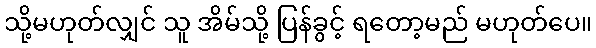
သို့မဟုတ်လျှင် သူ အိမ်သို့ ပြန်ခွင့် ရတော့မည် မဟုတ်ပေ။